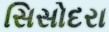
સિસોદરા